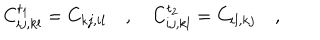
C _ { i j , k l } ^ { t _ { 1 } } = C _ { k j , i l } \quad , \quad C _ { i j , k l } ^ { t _ { 2 } } = C _ { i l , k j } \quad ,